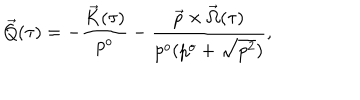
\vec { Q } ( \tau ) = - \frac { \vec { K } ( \tau ) } { p ^ { o } } - \frac { \vec { p } \times \vec { \Omega } ( \tau ) } { p ^ { o } ( p ^ { o } + \sqrt { p ^ { 2 } } ) } ,